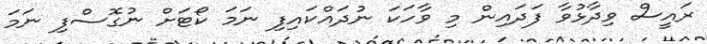
ރައީސް ވިދާޅުވާ ފަދައިން މި ވާހަކަ ނުދައްކައިފި ނަމަ ކޯޓަށް ނުގޮސްފި ނަމަ